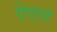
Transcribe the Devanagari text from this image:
ऐएल